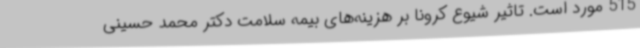
515 مورد است. تاثیر شیوع کرونا بر هزینه‌های بیمه سلامت دکتر محمد حسینی